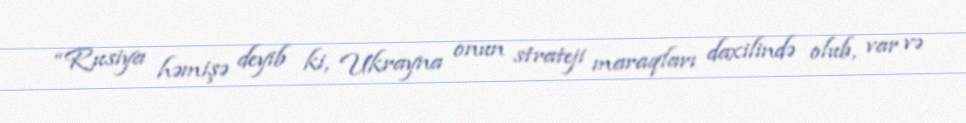
“Rusiya həmişə deyib ki, Ukrayna onun strateji maraqları daxilində olub, var və